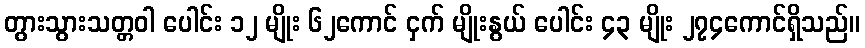
တွားသွားသတ္တဝါ ပေါင်း ၁၂ မျိုး ၆၂ကောင် ငှက် မျိုးနွယ် ပေါင်း ၄၃ မျိုး ၂၇၄ကောင်ရှိသည်။